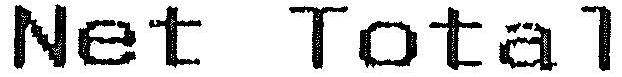
NET TOTAL